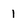
Character: 1